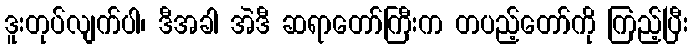
ဒူးတုပ်လျက်ပါ၊ ဒီအခါ အဲဒီ ဆရာတော်ကြီးက တပည့်တော်ကို ကြည့်ပြီး